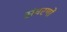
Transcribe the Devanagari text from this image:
संवरणों